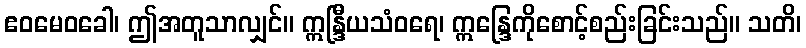
ဧဝမေဝခေါ၊ ဤအတူသာလျှင်။ ဣန္ဒြီယသံဝရေ၊ ဣန္ဒြေကိုစောင့်စည်းခြင်းသည်။ သတိ၊